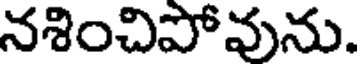
నశించిపోవును.